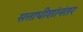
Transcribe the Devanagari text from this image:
सत्ताधीशांनंतर